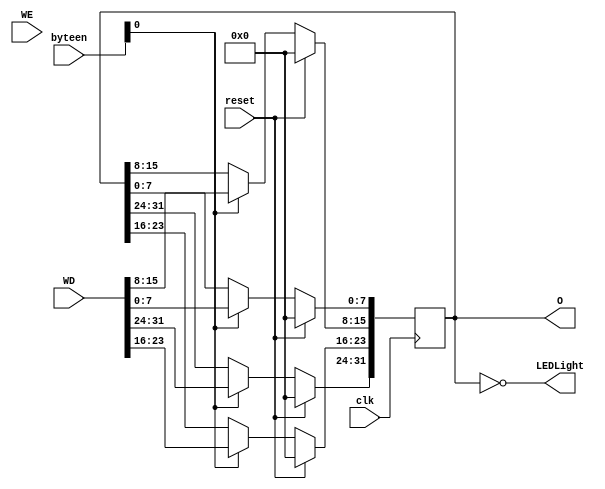
`timescale 1ns / 1ps
//////////////////////////////////////////////////////////////////////////////////
// Company: 
// Engineer: 
// 
// Design Name: 
// Module Name:    LED 
// Project Name: 
// Target Devices: 
// Tool versions: 
// Description: 
//
// Dependencies: 
//
// Revision: 
// Revision 0.01 - File Created
// Additional Comments: 
//
//////////////////////////////////////////////////////////////////////////////////
module LED(
    input clk,
    input reset,
    input WE,
    input [3:0] byteen,
    input [31:0] WD,
    output [31:0] O,
    output [31:0] LEDLight
    );
	 
	 reg [31:0] Light;
	 always@(posedge clk) begin
		if (reset) begin
			Light <= 32'b0;
		end
		else begin
			if (byteen[0]) Light[7:0] <= WD[7:0];
			if (byteen[0]) Light[15:8] <= WD[15:8];
			if (byteen[0]) Light[23:16] <= WD[23:16];
			if (byteen[0]) Light[31:24] <= WD[31:24];
		end
	 end
	 assign LEDLight = ~Light;
	 assign O = Light;
	

endmodule